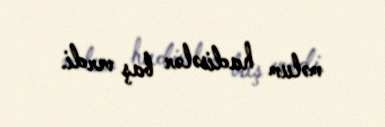
məlum hadisələr baş verdi.